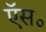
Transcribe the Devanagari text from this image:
ऍस॰